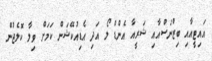
އައިޓީއާއި ބިޒްނަސްއާއި ޝަރީއާ އެންޑް ލޯ އަދި އެޑިއުކޭޝަން ކަމަށް ވިލާ ކޮލެޖުން